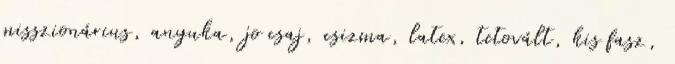
misszionárius, anyuka, jo csaj, csizma, latex, tetovált, kis fasz,